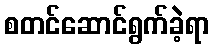
စတင်ဆောင်ရွက်ခဲ့ရာ